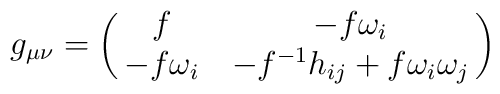
g_{\mu\nu} = \pmatrix{f & -f\omega_i \cr-f\omega_i & -f^{-1}h_{ij}+f\omega_i \omega_j}